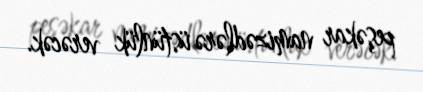
peşəkar namizədlərə üstünlük verəcək.